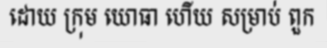
ដោយ ក្រុម យោធា ហើយ សម្រាប់ ពួក